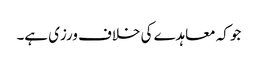
جو کہ معاہدے کی خلاف ورزی ہے۔